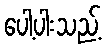
ပေါ့ပါးသည့်